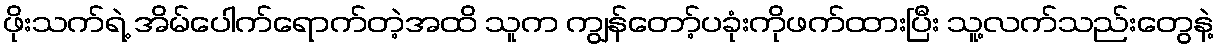
ဖိုးသက်ရဲ့ အိမ်ပေါက်ရောက်တဲ့အထိ သူက ကျွန်တော့်ပခုံးကိုဖက်ထားပြီး သူ့လက်သည်းတွေနဲ့